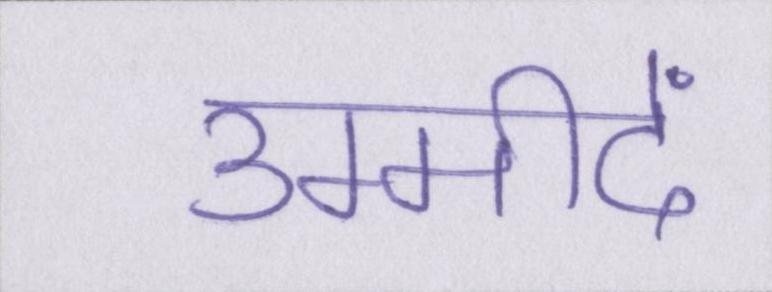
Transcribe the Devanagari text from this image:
उम्मीदें